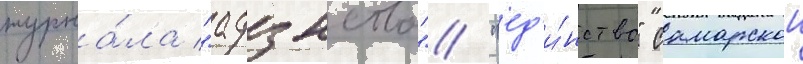
журна́ла "адзнства"/ "ед'и́нство" самарскои